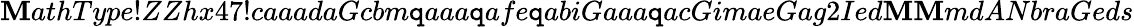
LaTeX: \mathbf{M}athType!ZZhx47!caaadaGcbm\mathtt{q}aaa\mathtt{q}afe\mathtt{q}abiGaaa\mathtt{q}acGimaeGag2Ied\mathbf{M}\mathbf{M}mdANbraGeds